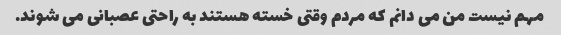
مهم نیست من می دانم که مردم وقتی خسته هستند به راحتی عصبانی می شوند.